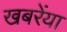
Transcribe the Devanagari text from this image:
खबरेंया